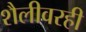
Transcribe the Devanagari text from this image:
शैलीवरही